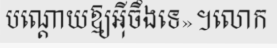
បណ្តោយឱ្យអ៊ីចឹងទេ»។លោក